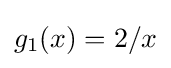
g_{1}(x)=2/x